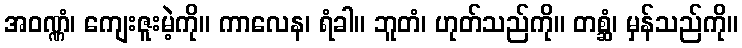
အဝဏ္ဏံ၊ ကျေးဇူးမဲ့ကို။ ကာလေန၊ ရံခါ။ ဘူတံ၊ ဟုတ်သည်ကို။ တစ္ဆံ၊ မှန်သည်ကို။